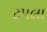
ટપલા